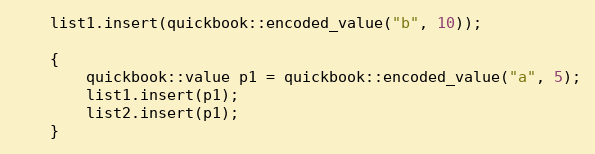
Language: C++
    list1.insert(quickbook::encoded_value("b", 10));

    {
        quickbook::value p1 = quickbook::encoded_value("a", 5);
        list1.insert(p1);
        list2.insert(p1);
    }